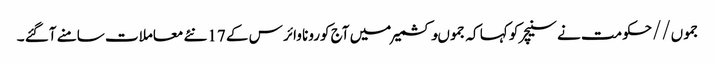
جموں//حکومت نے سنیچر کو کہا کہ جموںوکشمیر میں آج کورونا وائر س کے 17نئے معاملات سامنے آگئے ۔